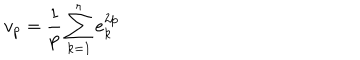
v _ { p } = \frac { 1 } { p } \sum _ { k = 1 } ^ { r } e _ { k } ^ { 2 p }